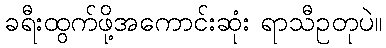
ခရီးထွက်ဖို့အကောင်းဆုံး ရာသီဥတုပဲ။